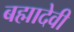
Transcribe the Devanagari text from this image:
बह्मादेवी